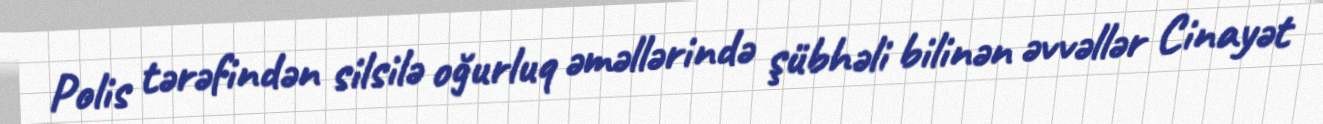
Polis tərəfindən silsilə oğurluq əməllərində şübhəli bilinən əvvəllər Cinayət